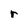
Character: r